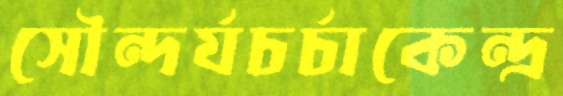
সৌন্দর্যচর্চাকেন্দ্র